Scottish Leaving Certificate Examination, 1960
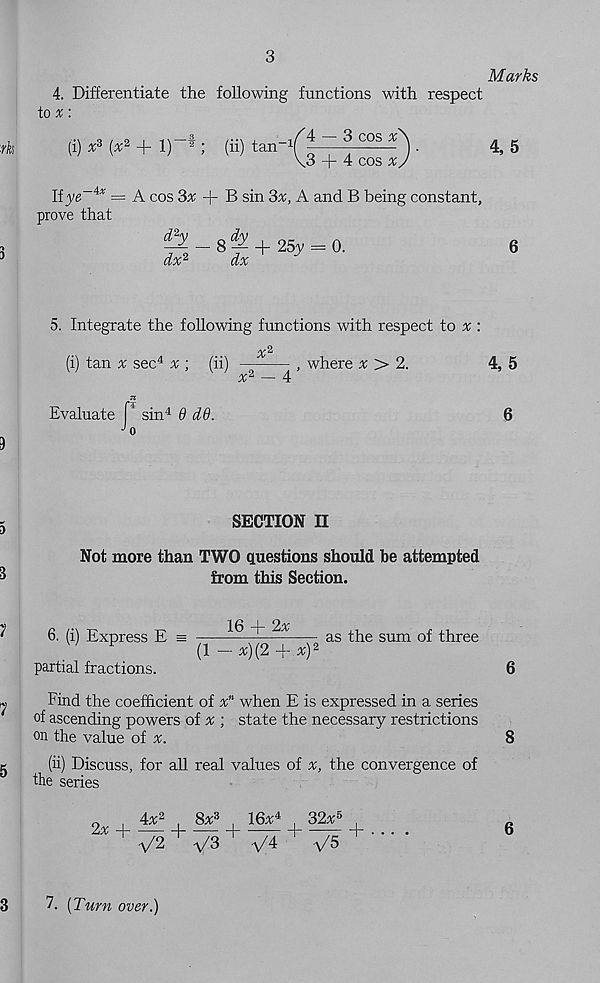
3
4. Differentiate the following functions with respect
to a; :
Marks
(i) x z (%* + 1) 2 ; (ii) tan'
_ 1^4 — 3 cos x
.3 + 4 cos x
4,5
If^ye ix = A. cos 3^ + B sin 3%, A and B being constant,
prove that
ev_ 8 4: + 25y = 0.
dx 2
dx
6
5. Integrate the following functions with respect to x :
90^
(i) tan # sec 4 % ; (ii)
, where % > 2.
4, 5
oc
4
n
Evaluate P sin 4 6 dd.
6
•^o
SECTION II
Not more than TWO questions should he attempted
from this Section.
6. (i) Express E =
16 + 2%
ag
sum 0 |
F
(l-*)(2++) 2
partial fractions.
6
Find the coefficient of x n when E is expressed in a series
of ascending powers of x ; state the necessary restrictions
on the value of x.
8
(ii) Discuss, for all real values of
the convergence of
the series
2x +
4^2
8x 3
16^4
32a; 5
V2 + V3 + +4 + V5 +
6
7. (Turn over.)